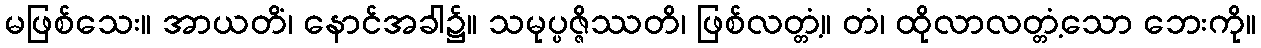
မဖြစ်သေး။ အာယတိံ၊ နောင်အခါ၌။ သမုပ္ပဇ္ဇိဿတိ၊ ဖြစ်လတ္တံ့။ တံ၊ ထိုလာလတ္တံ့သော ဘေးကို။